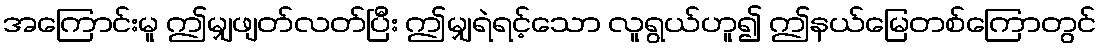
အကြောင်းမူ ဤမျှဖျတ်လတ်ပြီး ဤမျှရဲရင့်သော လူရွယ်ဟူ၍ ဤနယ်မြေတစ်ကြောတွင်